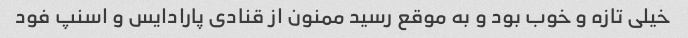
خیلی تازه و خوب بود و به موقع رسید ممنون از قنادی پارادایس و اسنپ فود